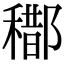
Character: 𨞒